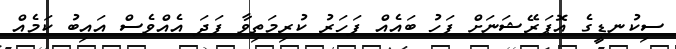
ސިކުނޑީގެ އޮޕަރޭޝަނަށް ފަހު ބައެއް ފަހަރު ކުރިމަތިވާ ފަދަ އެއްވެސް އައިބު ކަމެއް